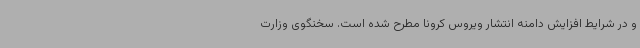
و در شرایط افزایش دامنه انتشار ویروس کرونا مطرح شده است. سخنگوی وزارت